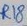
Text: R18